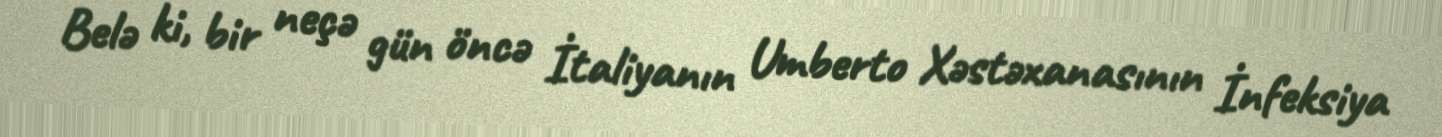
Belə ki, bir neçə gün öncə İtaliyanın Umberto Xəstəxanasının İnfeksiya